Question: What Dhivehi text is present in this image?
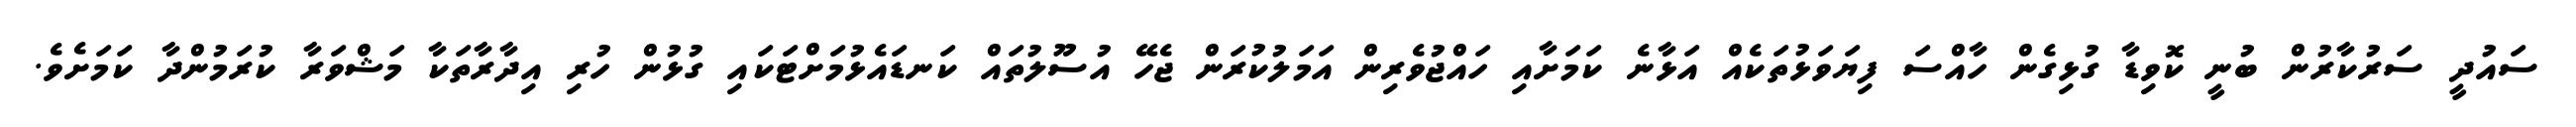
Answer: ސައުދީ ސަރުކާރުން ބުނީ ކޮވިޑާ ގުޅިގެން ހާއްސަ ފިޔަވަޅުތަކެއް އަޅާނެ ކަމަށާއި ހައްޖުވެރިން އަމަލުކުރަން ޖެހޭ އުސޫލުތައް ކަނޑައެޅުމަށްޓަކައި ގުޅުން ހުރި އިދާރާތަކާ މަޝްވަރާ ކުރަމުންދާ ކަމަށެވެ.